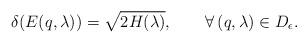
LaTeX: \begin{align*} \delta(E(q,\lambda))=\sqrt{2H(\lambda)},\qquad\forall\,(q,\lambda)\in D_\epsilon. \end{align*}